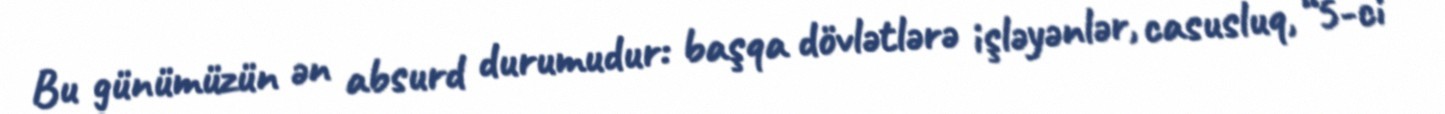
Bu günümüzün ən absurd durumudur: başqa dövlətlərə işləyənlər, casusluq, “5-ci